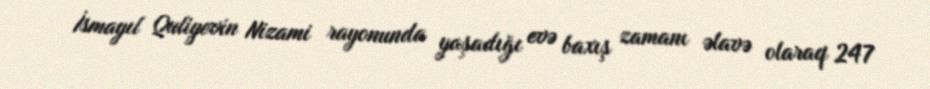
İsmayıl Quliyevin Nizami rayonunda yaşadığı evə baxış zamanı əlavə olaraq 247